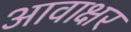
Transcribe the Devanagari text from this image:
आवाक्षर